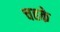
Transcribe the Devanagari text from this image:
चहके